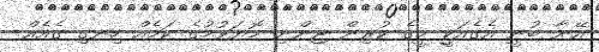
އޭނާ ބުނީ އެގެއަކީ މީގެ ކުރިން ޖިންނި މޮޔަވުމުގެ ކަމެއް ހިނގި ގެއެެއް